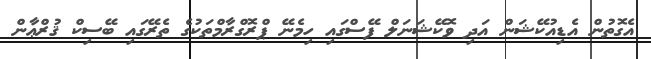
އެގޮތުން އެޑިއުކޭޝަން އަދި ވޮކޭޝަނަލް ފޭސްގައި ހިމެނޭ ޕްރޮގްރާމްތަކުގެ ތެރޭގައި ބޭސިކް ޤުރްޢާން